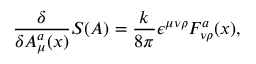
{ \frac { \delta } { \delta A _ { \mu } ^ { a } ( x ) } } S ( A ) = { \frac { k } { 8 \pi } } \epsilon ^ { \mu \nu \rho } F _ { \nu \rho } ^ { a } ( x ) ,